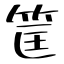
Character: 筐